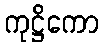
ကုဋ္ဌိကော